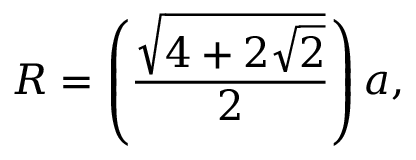
R = \left( { \frac { \sqrt { 4 + 2 { \sqrt { 2 } } } } { 2 } } \right) a ,